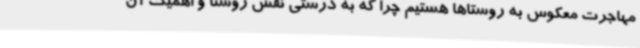
مهاجرت معکوس به روستاها هستیم چرا که به درستی نقش روستا و اهمیت آن